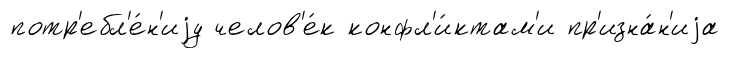
потр'ебл'е́н'иjу челов'е́к конфл'и́ктам'и пр'изна́н'иjа